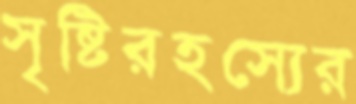
সৃষ্টিরহস্যের